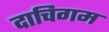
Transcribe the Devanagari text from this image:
दाचिगम